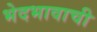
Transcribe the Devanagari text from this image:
भेदभावाची